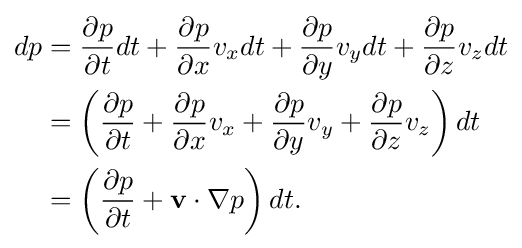
{\begin{alignedat}{2}dp&={\frac {\partial p}{\partial t}}dt+{\frac {\partial p}{\partial x}}v_{x}dt+{\frac {\partial p}{\partial y}}v_{y}dt+{\frac {\partial p}{\partial z}}v_{z}dt\\&=\left({\frac {\partial p}{\partial t}}+{\frac {\partial p}{\partial x}}v_{x}+{\frac {\partial p}{\partial y}}v_{y}+{\frac {\partial p}{\partial z}}v_{z}\right)dt\\&=\left({\frac {\partial p}{\partial t}}+\mathbf {v} \cdot \nabla p\right)dt.\\\end{alignedat}}